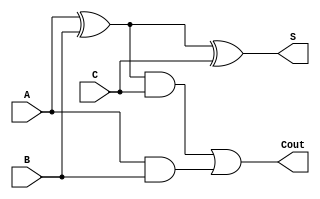
module full_adder
( input A,
input B,
input C,
output S, 
output Cout );
wire p,r,s;
xor (p,A,B);
xor (S,p,C);
and(r,p,C);
and(s,A,B);
or(Cout,r,s);
endmodule